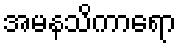
အမနသိကာရော